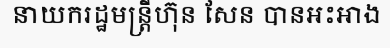
នាយករដ្ឋមន្ត្រីហ៊ុន សែន បានអះអាង